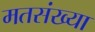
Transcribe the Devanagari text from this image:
मतसंख्या